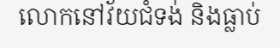
លោកនៅវ័យជំទង់ និងធ្លាប់